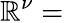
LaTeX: \mathbb{R}^{\nu}=